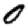
Digit: 0